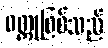
ဝတ္ထုဖြစ်သည်